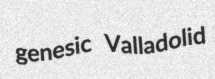
genesic Valladolid